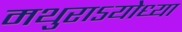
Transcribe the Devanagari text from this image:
मथुराऽयोध्या